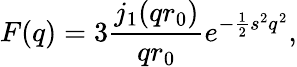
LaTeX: F(q)=3\frac{j_{1}(qr_{0})}{qr_{0}}e^{-\frac{1}{2}s^{2}q^{2}},